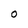
Character: O